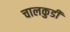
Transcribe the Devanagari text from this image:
चालकुडी